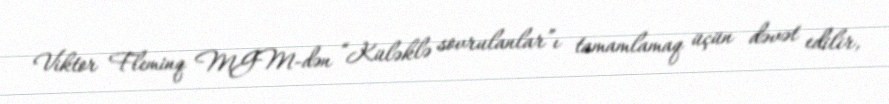
Viktor Fleminq MGM-dən “Küləklə sovrulanlar”ı tamamlamaq üçün dəvət edilir,